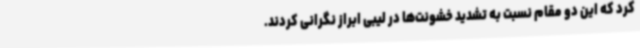
کرد که این دو مقام نسبت به تشدید خشونت‌ها در لیبی ابراز نگرانی کردند.